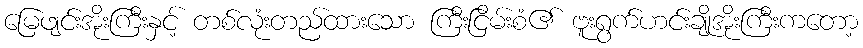
မြေဖျင်းအိုးကြီးနှင့် တစ်လုံးတည်ထားသော ကြီးငြိမ်းစံ၏ ဗူးရွက်ဟင်းချိုအိုးကြီးကတော့